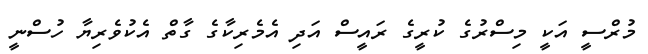
މުރްސީ އަކީ މިސްރުގެ ކުރީގެ ރައީސް އަދި އެމެރިކާގެ ގާތް އެކުވެރިޔާ ހުސްނީ